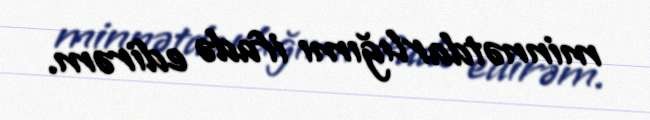
minnətdarlığımı ifadə edirəm.